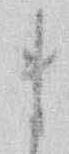
ま